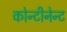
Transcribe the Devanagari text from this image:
कोन्टीनेन्ट